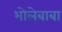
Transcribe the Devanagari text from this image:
भोलेबाबा